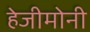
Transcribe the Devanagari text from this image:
हेजीमोनी